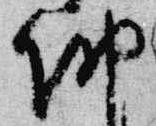
納